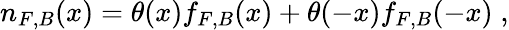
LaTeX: n_{F,B}(x)=\theta(x)f_{F,B}(x)+\theta(-x)f_{F,B}(-x)\; ,